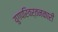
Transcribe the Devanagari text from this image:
युगपरिवर्तनकारी